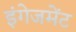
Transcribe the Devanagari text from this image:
इंगेजमेंट